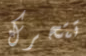
تتحرك